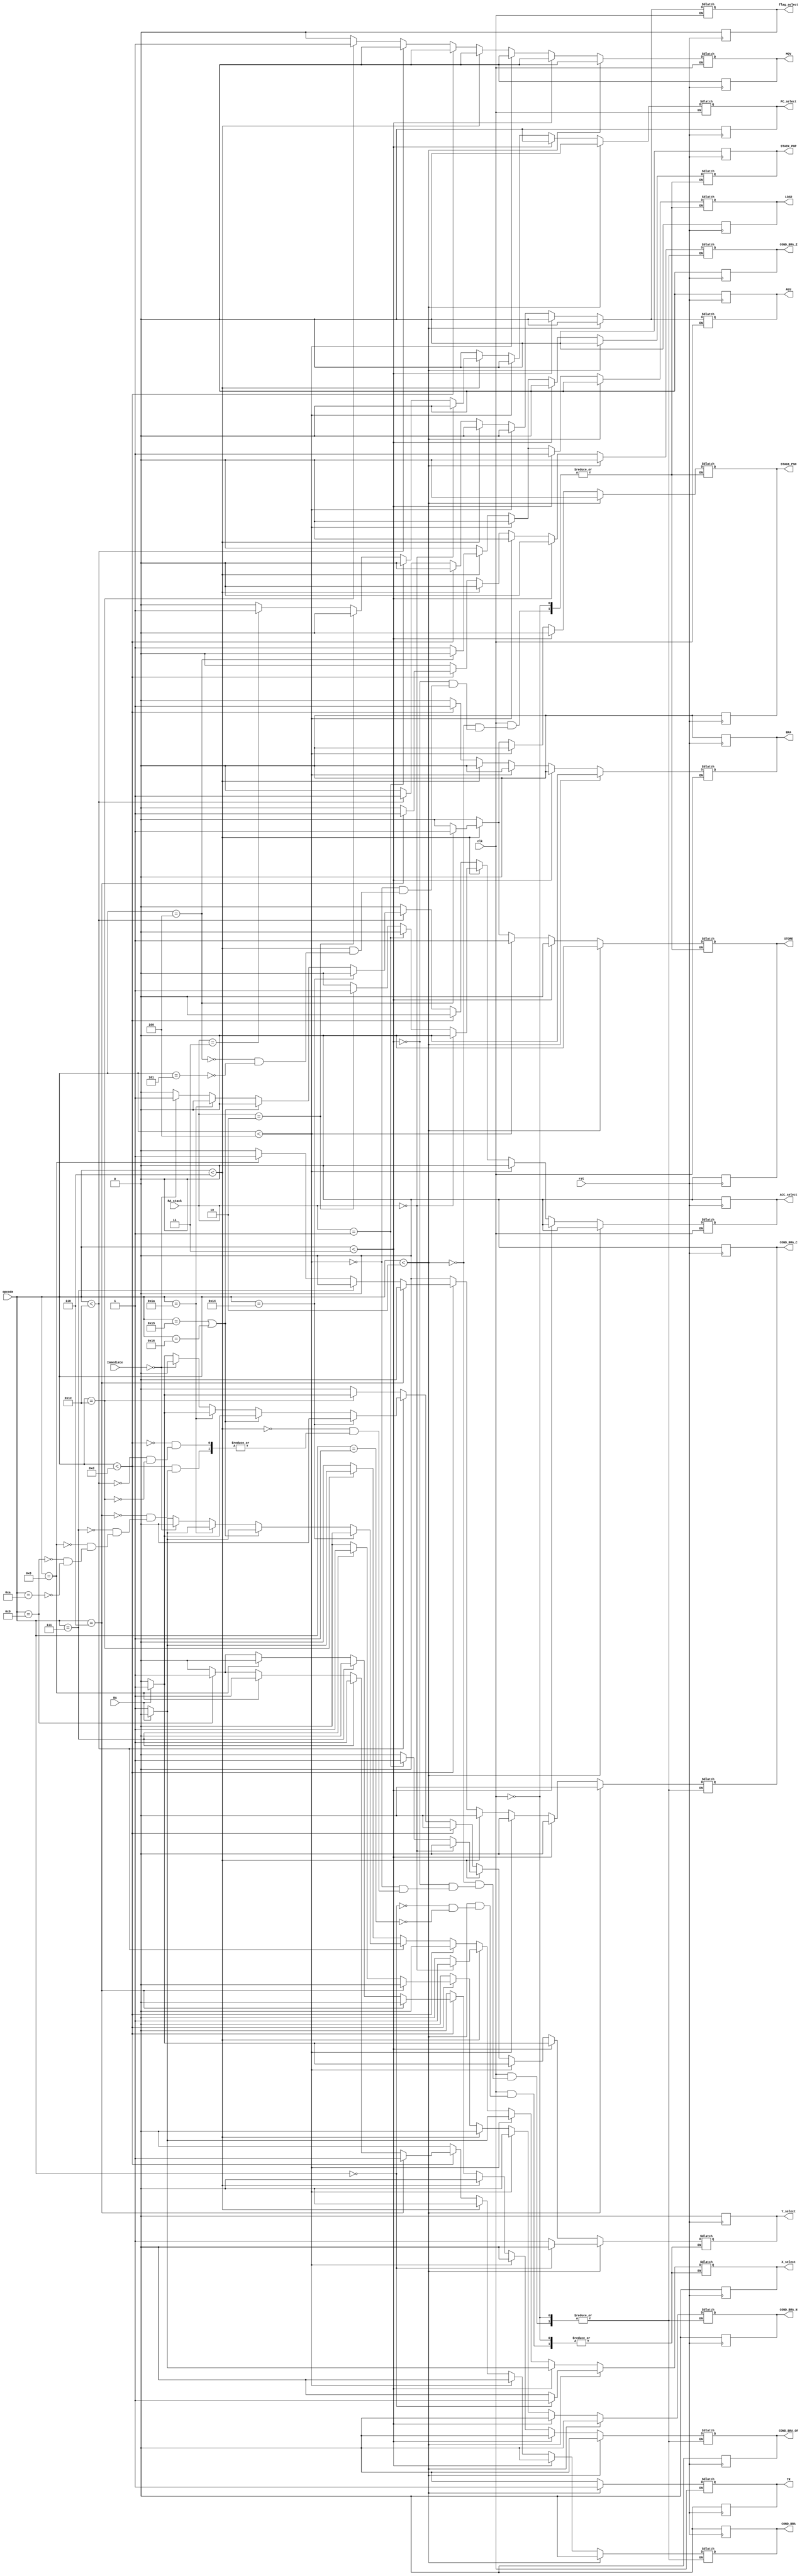
module CU(
  input [5:0] opcode,
  input RA, clk, rst,
  input [1:0] RA_stack,
  input [8:0] Immediate,
  output reg ALU, BRA, COND_BRA, COND_BRA_Z, COND_BRA_N, COND_BRA_C, COND_BRA_OF, LOAD, STORE, TR, STACK_PSH,STACK_POP, MOV, flag_select, ACC_select, X_select, Y_select,PC_select
);

always @(negedge rst) begin
    if (!rst) begin
      ALU <= 1'd0;
      BRA<=  1'd0;
      COND_BRA <= 1'd0;
      COND_BRA_N <= 1'd0;
      COND_BRA_Z <= 1'd0;
      COND_BRA_OF <= 1'd0;
      COND_BRA_C <= 1'd0;
      STORE <= 1'd0;
      TR <= 1'd0;
      LOAD <= 1'd0;
      MOV <= 1'd0;
      STACK_POP <= 1'd0;
      STACK_PSH <= 1'd0;
      PC_select <= 1'd0;
      ACC_select <= 1'd0;
      Y_select <= 1'd0;
      X_select <= 1'd0;
      flag_select <= 1'd0;
    end
end

always @(*) begin
      if (clk) begin
        if (opcode < 6'b000010) begin
            TR <= 1'd1;
            ALU <= 1'd0;
            BRA <= 1'd0;
            COND_BRA <= 1'd0;
            COND_BRA_Z <= 1'd0;
            COND_BRA_N <= 1'd0;
            COND_BRA_C <= 1'd0;
            COND_BRA_OF <= 1'd0;
            LOAD <=  1'd0;
            STORE <= 1'd0;
            STACK_PSH <= 1'd0;
            STACK_POP <= 1'd0; 
            MOV <= 1'd0;
            flag_select <= 1'd0;
            ACC_select <= 1'd0;
            if (opcode == 6'b000000) begin
               X_select <= 1'd1;
               Y_select <= 1'd0;
            end
            else if (opcode == 6'b000001) begin
              X_select <= 1'd0;
              Y_select <= 1'd1;
           end
           PC_select <= 1'd0;
        end
        else if (opcode < 6'b000011) begin
            LOAD <= 1'd1;
            ALU <= 1'd0;
            BRA <= 1'd0;
            COND_BRA <= 1'd0;
            COND_BRA_Z <= 1'd0;
            COND_BRA_N <= 1'd0;
            COND_BRA_C <= 1'd0;
            COND_BRA_OF <= 1'd0;
            STORE <= 1'd0;          
            TR <= 1'd0;                      
            STACK_PSH <= 1'd0;
            STACK_POP <= 1'd0;
            MOV <= 1'd0;
            flag_select <= 1'd0;
            ACC_select <= 1'd0;
            if (RA == 1'd0) begin
               X_select <= 1'd1;
               Y_select <= 1'd0;
            end
            else begin
              X_select <= 1'd0;
              Y_select <= 1'd1;
           end
           PC_select <= 1'd0;
        end
        else  if (opcode < 6'b000100) begin
            STORE <= 1'd1;
            ALU <= 1'd0;
            BRA <= 1'd0;
            COND_BRA <= 1'd0;
            COND_BRA_Z <= 1'd0;
            COND_BRA_N <= 1'd0;
            COND_BRA_C <= 1'd0;
            COND_BRA_OF <= 1'd0; 
            LOAD <= 1'd0;          
            TR <= 1'd0;                      
            STACK_PSH <= 1'd0;
            STACK_POP <= 1'd0;
            MOV <= 1'd0;
            flag_select <= 1'd0;
            ACC_select <= 1'd0;
            if (RA == 1'd0) begin
               X_select <= 1'd1;
               Y_select <= 1'd0;
            end
            else begin
              X_select <= 1'd0;
              Y_select <= 1'd1;
           end
           PC_select <= 1'd0;       
end
       
else if (opcode < 6'b000110) begin
      
            if (opcode == 6'b000100) begin
                STACK_PSH <= 1'd1;
                STACK_POP <= 1'd0; 
                LOAD <= 1'd0;
                STORE <= 1'd1; 
            end
            else if (opcode == 6'b000101) begin
                STACK_PSH <= 1'd0;
                STACK_POP <= 1'd1;
                LOAD <= 1'd1;
                STORE <= 1'd0;
            end 
            ALU <= 1'd0;
            BRA <= 1'd0;
            COND_BRA <= 1'd0;
            COND_BRA_Z <= 1'd0;
            COND_BRA_OF <= 1'd0;
            COND_BRA_C <= 1'd0;
            COND_BRA_N <= 1'd0;
            TR <= 1'd0;
            MOV <= 1'd0;
            flag_select <= 1'd0;
             if (RA_stack == 2'd0) begin
               X_select <= 1'd1;
               Y_select <= 1'd0;
               PC_select <= 1'd0;
               ACC_select <= 1'd0;
            end
            else if (RA_stack == 2'd1) begin
               X_select <= 1'd0;
               Y_select <= 1'd1;
               PC_select <= 1'd0;
               ACC_select <= 1'd0;
           end
         else if (RA_stack == 2'd2) begin
               X_select <= 1'd0;
               Y_select <= 1'd0;
               PC_select <= 1'd0;
               ACC_select <= 1'd1;
        end
        else if (RA_stack == 2'd3) begin
               X_select <= 1'd0;
               Y_select <= 1'd0;
               PC_select <= 1'd1;
               ACC_select <= 1'd0;
        end
      else begin
               X_select <= 1'd0;
               Y_select <= 1'd0;
               PC_select <= 1'd0;
               ACC_select <= 1'd0;
      end
           
  end
     
  else if (opcode  <  6'b001101) begin
            BRA <=  1'd1;
            if (opcode == 6'b000110) begin
                COND_BRA <= 1'd1;
                COND_BRA_Z <= 1'd1;
                COND_BRA_C <= 1'd0;
                COND_BRA_OF <= 1'd0;
                COND_BRA_N <= 1'd0;
            end
            else if (opcode == 6'b000111) begin
                COND_BRA <= 1'd1;
                COND_BRA_Z <= 1'd0;
                COND_BRA_C <= 1'd0;
                COND_BRA_OF <= 1'd0;
                COND_BRA_N <= 1'd1;
            end
          else if (opcode == 6'b001000) begin
                COND_BRA <= 1'd1;
                COND_BRA_Z <= 1'd0;
                COND_BRA_C <= 1'd1;
                COND_BRA_OF <= 1'd0;
                COND_BRA_N <= 1'd0;
          end
          else if (opcode == 6'b001001) begin
                COND_BRA <= 1'd1;
                COND_BRA_Z <= 1'd0;
                COND_BRA_C <= 1'd0;
                COND_BRA_OF <= 1'd1;
                COND_BRA_N <= 1'd0;
          end
          else if (opcode == 6'b001010) begin
                COND_BRA <= 1'd0;
                COND_BRA_Z <= 1'd0;
                COND_BRA_C <= 1'd0;
                COND_BRA_OF <= 1'd0;
                COND_BRA_N <= 1'd0;
          end
            ALU <= 1'd0;
            STACK_POP <= 1'd0;
            STACK_PSH <= 1'd0;
            LOAD <= 1'd0;
            STORE <= 1'd0;
            TR <= 1'd0;
            MOV <= 1'd0;
            flag_select <= 1'd0;
            ACC_select <= 1'd0;
            X_select <= 1'd0;
            Y_select <= 1'd0;
            PC_select <= 1'd0;
    end

    else if  (opcode < 6'b011110) begin
        if  (opcode == 6'b010100) begin // CMP
            ALU <=  1'd1;
            BRA <= 1'd0;
            COND_BRA <= 1'd0;
            COND_BRA_Z <= 1'd0;
            COND_BRA_C <= 1'd0;
            COND_BRA_OF <= 1'd0;
            COND_BRA_N <= 1'd0;
            STACK_PSH <= 1'd0;
            STACK_POP <= 1'd0;
            LOAD <= 1'd0;
            STORE <= 1'd0;
            TR <= 1'd0;
            MOV <= 1'd0;
            flag_select <= 1'd1;
            ACC_select <= 1'd0;
            X_select <= 1'd0;
            Y_select <= 1'd0;
            PC_select <= 1'd0;
          end
        else if (opcode == 6'b010101 || opcode == 6'b010110) begin // INC si DEC
            ALU <=  1'd1;
            BRA <= 1'd0;
            COND_BRA <= 1'd0;
            COND_BRA_Z <= 1'd0;
            COND_BRA_C <= 1'd0;
            COND_BRA_OF <= 1'd0;
            COND_BRA_N <= 1'd0;
            STACK_PSH <= 1'd0;
            STACK_POP <= 1'd0;
            LOAD <= 1'd0;
            STORE <= 1'd0;
            TR <= 1'd0;
            MOV <= 1'd0;
            flag_select <= 1'd1;
            ACC_select <= 1'd0;
            if (RA == 1'b0) begin
                  X_select <= 1'b1;
                  Y_select <= 1'b0;  
              end
            else if (RA == 1'b1) begin
                X_select <= 1'b0;
                Y_select <= 1'b1; 
            end
            PC_select <= 1'd0;
        end
    else  if  (opcode == 6'b011010) begin // NOT
    
            ALU <=  1'd1;
            BRA <= 1'd0;
            COND_BRA <= 1'd0;
            COND_BRA_Z <= 1'd0;
            COND_BRA_C <= 1'd0;
            COND_BRA_OF <= 1'd0;
            COND_BRA_N <= 1'd0;
            STACK_PSH <= 1'd0;
            STACK_POP <= 1'd0;
            STORE <= 1'd0;
            LOAD <= 1'd0;
            TR <= 1'd0;
            MOV <= 1'd0;
            flag_select <= 1'd1;
            ACC_select <= 1'd0;
            if (RA == 1'd0) begin
                Y_select <= 1'd0;
                X_select <= 1'd1;
            end
            else begin
                X_select <= 1'd0;
                Y_select <= 1'd1;
            end
            PC_select <= 1'd0;
          end
          else begin
 
            ALU <=  1'd1;
            BRA <= 1'd0;
            COND_BRA <= 1'd0;
            COND_BRA_Z <= 1'd0;
            COND_BRA_C <= 1'd0;
            COND_BRA_OF <= 1'd0;
            COND_BRA_N <= 1'd0;
            STACK_PSH <= 1'd0;
            STACK_POP <= 1'd0;
            STORE <= 1'd0;
            LOAD <= 1'd0;
            TR <= 1'd0;
            MOV <= 1'd0; 
            flag_select <= 1'd1;
            if (Immediate == 16'd0) begin
              ACC_select <= 1'd1;
              X_select <= 1'd0;
              Y_select <= 1'd0;
            end
            else begin
              ACC_select <= 1'd0;
              if (RA == 1'b0) begin
                  X_select <= 1'b1;
                  Y_select <= 1'b0;  
              end
            else if (RA == 1'b1) begin
                X_select <= 1'b0;
                Y_select <= 1'b1; 
          end
            end
            
            PC_select <= 1'd0;
          end
 
      end
      
        else if (opcode == 6'b011110) begin
            ALU <=  1'd0;
            BRA <= 1'd0;
            COND_BRA <= 1'd0;
            COND_BRA_Z <= 1'd0;
            COND_BRA_C <= 1'd0;
            COND_BRA_OF <= 1'd0;
            COND_BRA_N <= 1'd0;
            STACK_PSH <= 1'd0;
            STACK_POP <= 1'd0;
            LOAD <= 1'd0;
            STORE <= 1'd0;
            TR <= 1'd0;
            MOV <= 1'd1; 
            flag_select <= 1'd0;
            ACC_select <= 1'd0;
            if (RA == 1'd0) begin
               X_select <= 1'd1;
               Y_select <= 1'd0;
            end
            else begin
              X_select <= 1'd0;
              Y_select <= 1'd1;
           end
            PC_select <= 1'd0;
        end
        else begin
            ALU <=  1'd0;
            BRA <= 1'd0;
            STACK_PSH <= 1'd0;
            STACK_POP <= 1'd0;
            LOAD <= 1'd0;
            STORE <= 1'd0;
            TR <= 1'd0;
            MOV <= 1'd0; 
            flag_select <= 1'd0;
            ACC_select <= 1'd0;
            X_select <= 1'd0;
            Y_select <= 1'd0;
            PC_select <= 1'd0;
        end
    end
end

endmodule